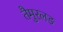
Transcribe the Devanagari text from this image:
तैमुरलङ